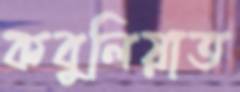
কবুলিয়াত